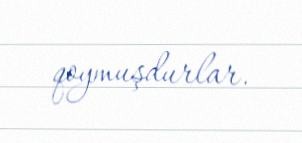
qoymuşdurlar.